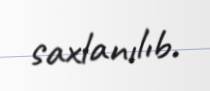
saxlanılıb.